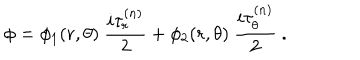
\phi = \phi _ { 1 } ( r , \theta ) \ \frac { i \tau _ { r } ^ { ( n ) } } { 2 } + \phi _ { 2 } ( r , \theta ) \ \frac { i \tau _ { \theta } ^ { ( n ) } } { 2 } \ .